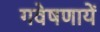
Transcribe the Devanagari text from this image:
गवेषणायें